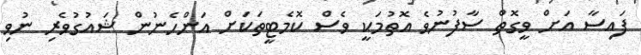
ފައިސާ އަށް ވީގޮތް ސާފުނުވެ އޮތުމަކީ ވެސް ކޮމެޓީތަކަށް އަންހެނުން ޝައުގުވެރި ނުވި